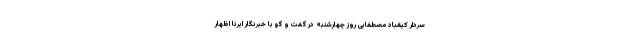
سردار کیقباد مصطفایی روز چهارشنبه در گفت و گو با خبرنگار ایرنا اظهار